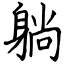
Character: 躺